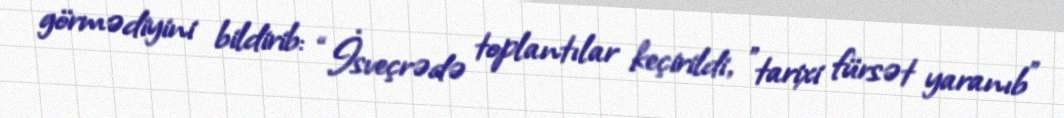
görmədiyini bildirib: “İsveçrədə toplantılar keçirildi, ”tarixi fürsət yaranıb"